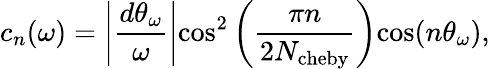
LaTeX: c_{n}(\omega)=\left|\frac{d\theta_{\omega}}{\omega}\right|\mathrm{cos}^{2}\left(\frac{\pi n}{2N_{\mathrm{cheby}}}\right)\mathrm{cos}(n\theta_{\omega}),